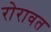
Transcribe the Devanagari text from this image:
रोरावत